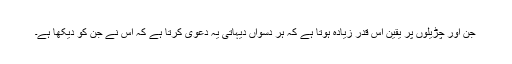
جن اور چڑیلوں پر یقین اس قدر زیادہ ہوتا ہے کہ ہر دسواں دیہاتی یہ دعویٰ کرتا ہے کہ اس نے جن کو دیکھا ہے۔